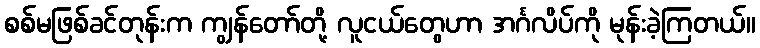
စစ်မဖြစ်ခင်တုန်းက ကျွန်တော်တို့ လူငယ်တွေဟာ အင်္ဂလိပ်ကို မုန်းခဲ့ကြတယ်။